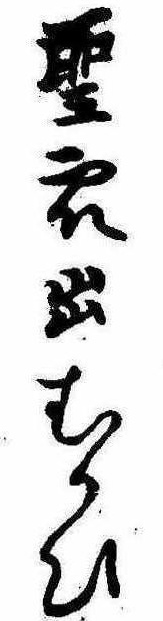
聖衆出むかひ